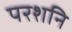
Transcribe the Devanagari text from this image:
परशनि